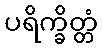
ပရိက္ခိတ္တံ